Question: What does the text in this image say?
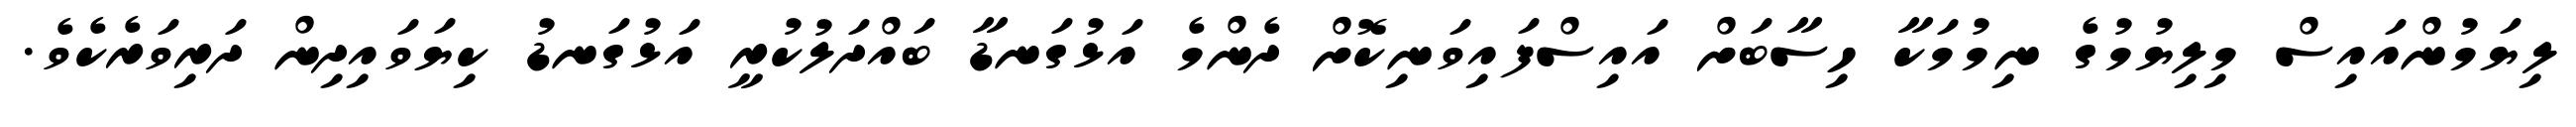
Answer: ލިޔަމުންއައިސް މިލިޔުމުގެ ނިމުމަކާ ހިސާބަށް އައިސްފައިވަނިކޮށް ދެންމެ އަޅުގަނޑާ ބައްދަލުކުރީ އަޅުގަނޑު ކިޔަވައިދިން ދަރިވަރެކެވެ.